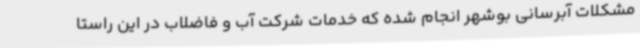
مشکلات آبرسانی بوشهر انجام شده که خدمات شرکت آب و فاضلاب در این راستا